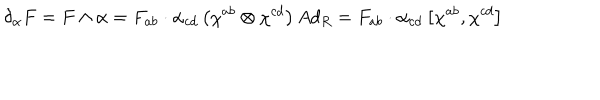
LaTeX: \delta _ { \alpha } F = F \wedge \alpha = F _ { a b } \cdot \alpha _ { c d } \left( \chi ^ { a b } \otimes \chi ^ { c d } \right) A d _ { R } = F _ { a b } \cdot \alpha _ { c d } \left[ \chi ^ { a b } , \chi ^ { c d } \right]